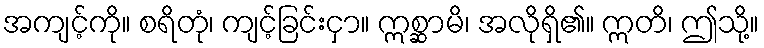
အကျင့်ကို။ စရိတုံ၊ ကျင့်ခြင်းငှာ။ ဣစ္ဆာမိ၊ အလိုရှိ၏။ ဣတိ၊ ဤသို့။